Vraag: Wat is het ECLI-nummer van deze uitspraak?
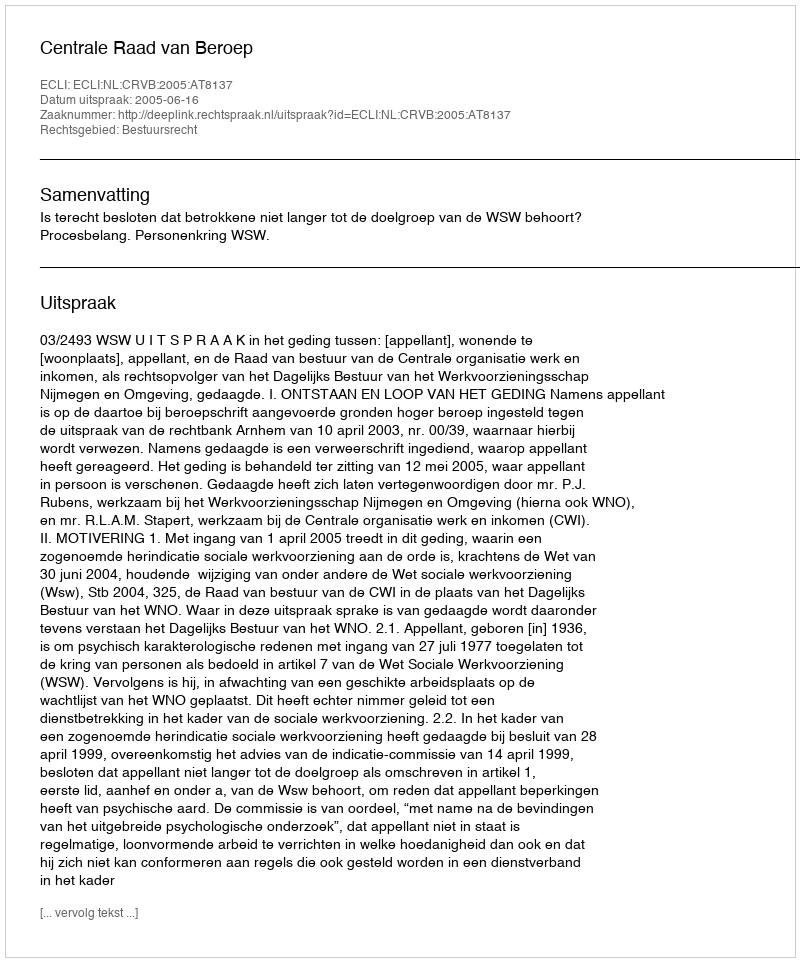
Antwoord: ECLI:NL:CRVB:2005:AT8137